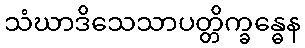
သံဃာဒိသေသာပတ္တိက္ခန္ဓေန